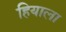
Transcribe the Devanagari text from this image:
हियाला